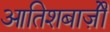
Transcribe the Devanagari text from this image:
आतिशबाज़ीे